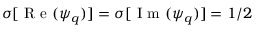
\sigma [ \mathrm { ~ R ~ e ~ } ( \psi _ { q } ) ] = \sigma [ \mathrm { ~ I ~ m ~ } ( \psi _ { q } ) ] = 1 / 2